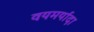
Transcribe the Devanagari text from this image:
वयमर्यादा